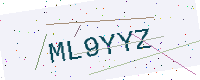
Text: ML9YYZ